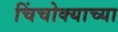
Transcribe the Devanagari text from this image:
चिंचोक्याच्या